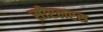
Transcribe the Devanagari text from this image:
सीएलएस